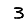
Digit: 3